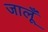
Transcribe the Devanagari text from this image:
जालूँ